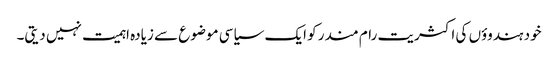
خود ہندوؤں کی اکثریت رام مندر کو ایک سیاسی موضوع سے زیادہ اہمیت نہیں دیتی۔